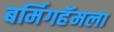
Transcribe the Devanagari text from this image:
बर्मिगहॅमला